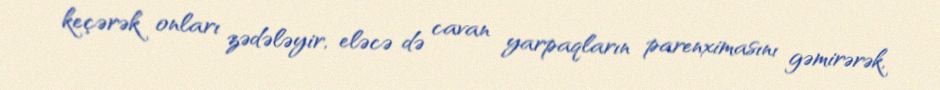
keçərək onları zədələyir, eləcə də cavan yarpaqların parenximasını gəmirərək,